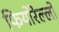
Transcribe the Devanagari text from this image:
फियोरेल्‍लो